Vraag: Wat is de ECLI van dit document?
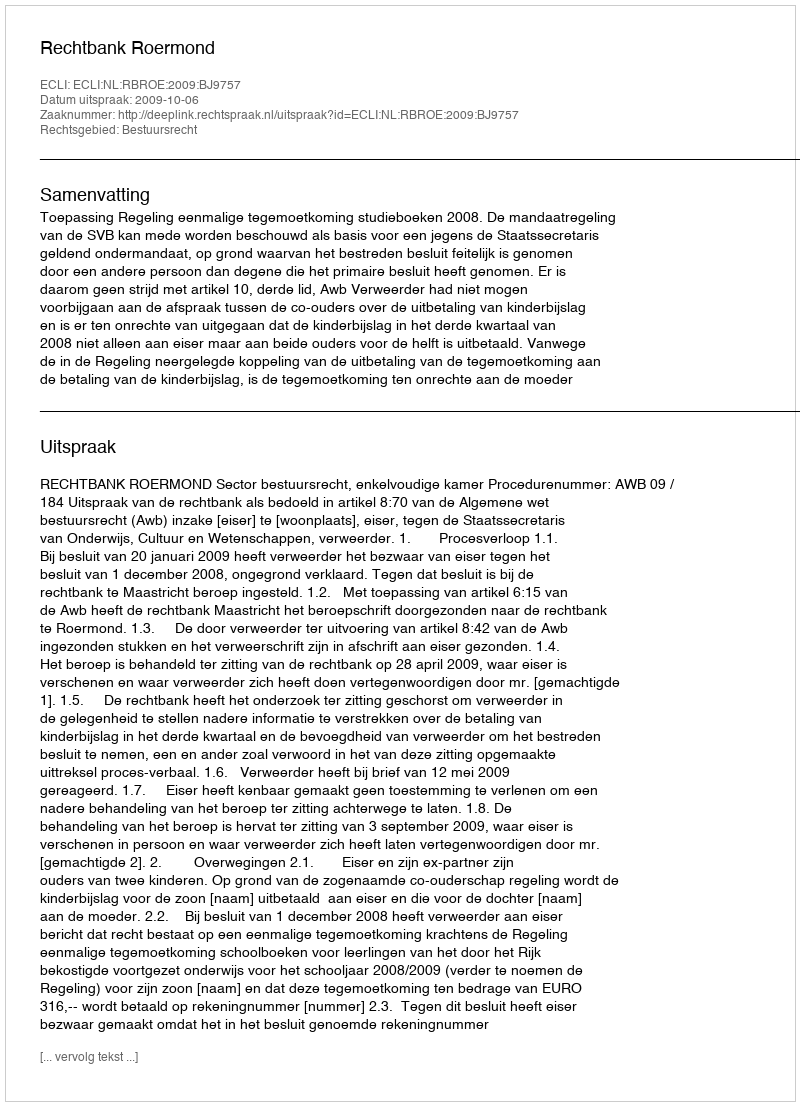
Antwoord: ECLI:NL:RBROE:2009:BJ9757